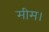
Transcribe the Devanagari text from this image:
मीम।